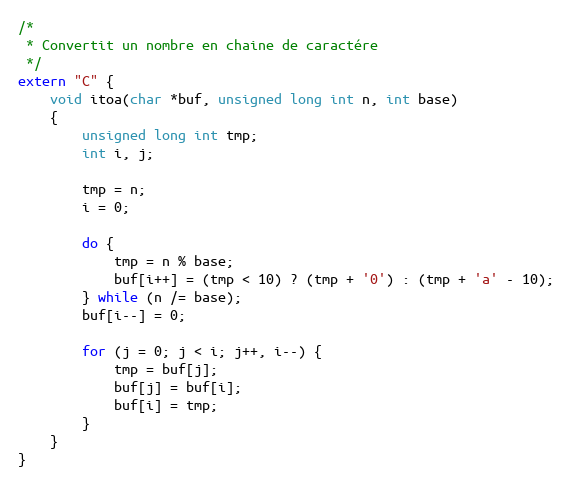
Language: C++
/*
 * Convertit un nombre en chaine de caractére
 */
extern "C" {
	void itoa(char *buf, unsigned long int n, int base)
	{
		unsigned long int tmp;
		int i, j;

		tmp = n;
		i = 0;

		do {
			tmp = n % base;
			buf[i++] = (tmp < 10) ? (tmp + '0') : (tmp + 'a' - 10);
		} while (n /= base);
		buf[i--] = 0;

		for (j = 0; j < i; j++, i--) {
			tmp = buf[j];
			buf[j] = buf[i];
			buf[i] = tmp;
		}
	}
}